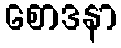
စောဒနာ